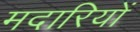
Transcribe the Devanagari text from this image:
मदारियों